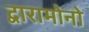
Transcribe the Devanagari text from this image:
द्वारामोनो